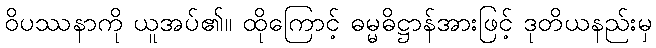
ဝိပဿနာကို ယူအပ်၏။ ထိုကြောင့် ဓမ္မဓိဋ္ဌာန်အားဖြင့် ဒုတိယနည်းမှ